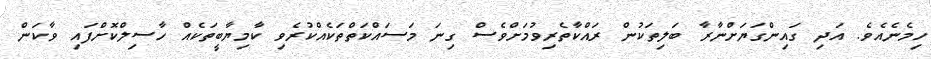
ހިމެނެއެވެ. އަދި ގައިންގަޔަށްނާރާ ބަލިތަކުން ރައްކާތެރިވުމަށްވެސް ގިނަ މަސައްކަތްތަކެއްކުރެވި ކާމިޔާބީތަކެއް ހާސިލްކޮށްފައި ވާކަން